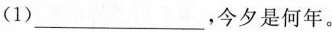
(1)___，今夕是何年。